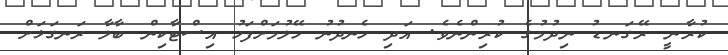
ކުރާނީ ރޭގަނޑު ނިދުމުގެ ކުރިންނެވެ. އަދި ހެނދުނު ހޭލުމަށްފަހު އިސްޓާކިން ބާލާ ރަނގަޅަށް